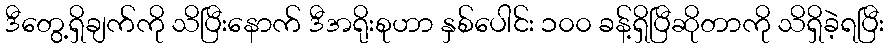
ဒီတွေ့ရှိချက်ကို သိပြီးနောက် ဒီအရိုးစုဟာ နှစ်ပေါင်း ၁၀၀ ခန့်ရှိပြီဆိုတာကို သိရှိခဲ့ရပြီး